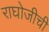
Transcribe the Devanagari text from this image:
राघोजीची